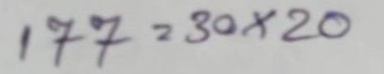
177 = 30x20